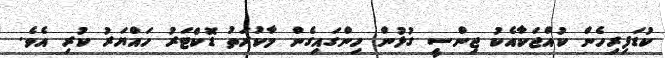
ކުޑަފިރިހެން ކުއްޖަކާއެކު ޖިންސީ ގުޅުން ހިންގައިގެން މާކުރަތު ޑޮކްޓަރު ހައްޔަރު ކުރި އެވެ.